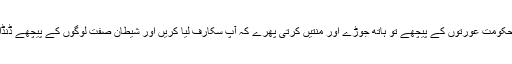
یہ انصاف نہیں کہ حکومت عورتوں کے پیچھے تو ہاتھ جوڑے اور منتیں کرتی پھرے کہ آپ سکارف لیا کریں اور شیطان صفت لوگوں کے پیچھے ڈنڈا لے کر پڑی رہے۔